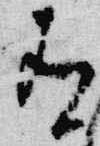
有